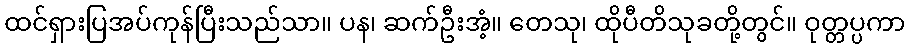
ထင်ရှားပြအပ်ကုန်ပြီးသည်သာ။ ပန၊ ဆက်ဦးအံ့။ တေသု၊ ထိုပီတိသုခတို့တွင်။ ဝုတ္တပ္ပကာ